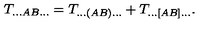
T _ { \ldots A B \ldots } = T _ { \ldots ( A B ) \ldots } + T _ { \ldots [ A B ] \ldots } .